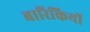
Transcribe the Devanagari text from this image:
बारिकियों